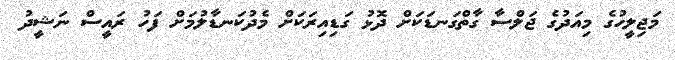
މަޖިލީހުގެ މިއަދުގެ ޖަލްސާ ގާތްގަނޑަކަށް ދޮޅު ގަޑިއިރަކަށް މެދުކަނޑާލުމަށް ފަހު ރައީސް ނަޝީދު